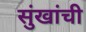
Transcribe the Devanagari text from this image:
सुंखांची